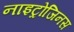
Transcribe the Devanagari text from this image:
नाइट्रोजिनस